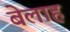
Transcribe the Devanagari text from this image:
बेलाह